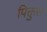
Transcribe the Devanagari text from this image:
पिक्तुस